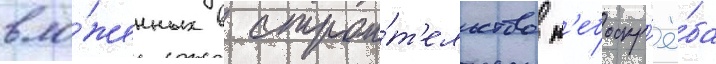
вло́женных в строи́т'ельство н'ебоскр'ё́ба